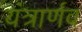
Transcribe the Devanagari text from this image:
यंत्रार्णव